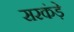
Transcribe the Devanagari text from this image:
सरकंड़े